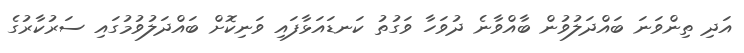
އަދި ތިންވަނަ ބައްދަލުވުން ބާއްވާނެ ދުވަހާ ވަގުތު ކަނޑައަޅާފައި ވަނިކޮށް ބައްދަލުވުމުގައި ސަރުކާރުގެ